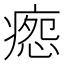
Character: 𰣸